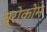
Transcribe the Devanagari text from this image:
यूरोकोम